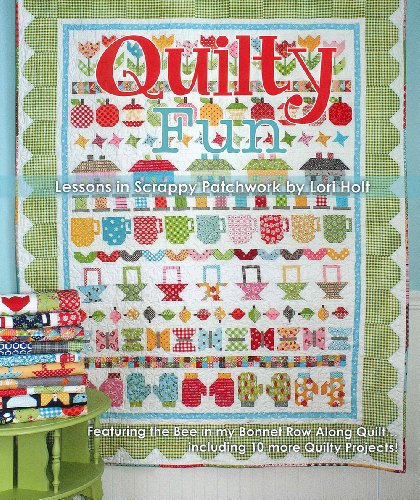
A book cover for Quilty Fun: Lessons in Scrappy Patchwork; Lori Holt; Crafts, Hobbies & Home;